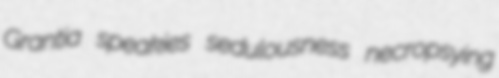
Grantia speakies sedulousness necropsying